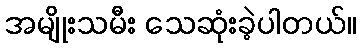
အမျိုးသမီး သေဆုံးခဲ့ပါတယ်။